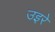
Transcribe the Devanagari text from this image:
उइरे